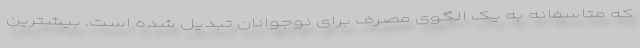
که متاسفانه به یک الگوی مصرف برای نوجوانان تبدیل شده است. بیشترین